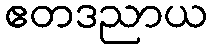
ဧတဒညာယ